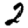
Digit: 2